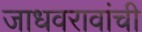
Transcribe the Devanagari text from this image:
जाधवरावांची